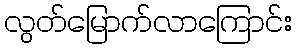
လွတ်မြောက်လာကြောင်း